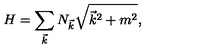
H = \sum _ { \vec { k } } N _ { \vec { k } } \sqrt { \vec { k } ^ { 2 } + m ^ { 2 } } ,